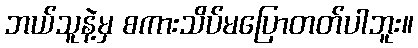
ဘယ်သူနဲ့မှ စကားသိပ်မပြောတတ်ပါဘူး။